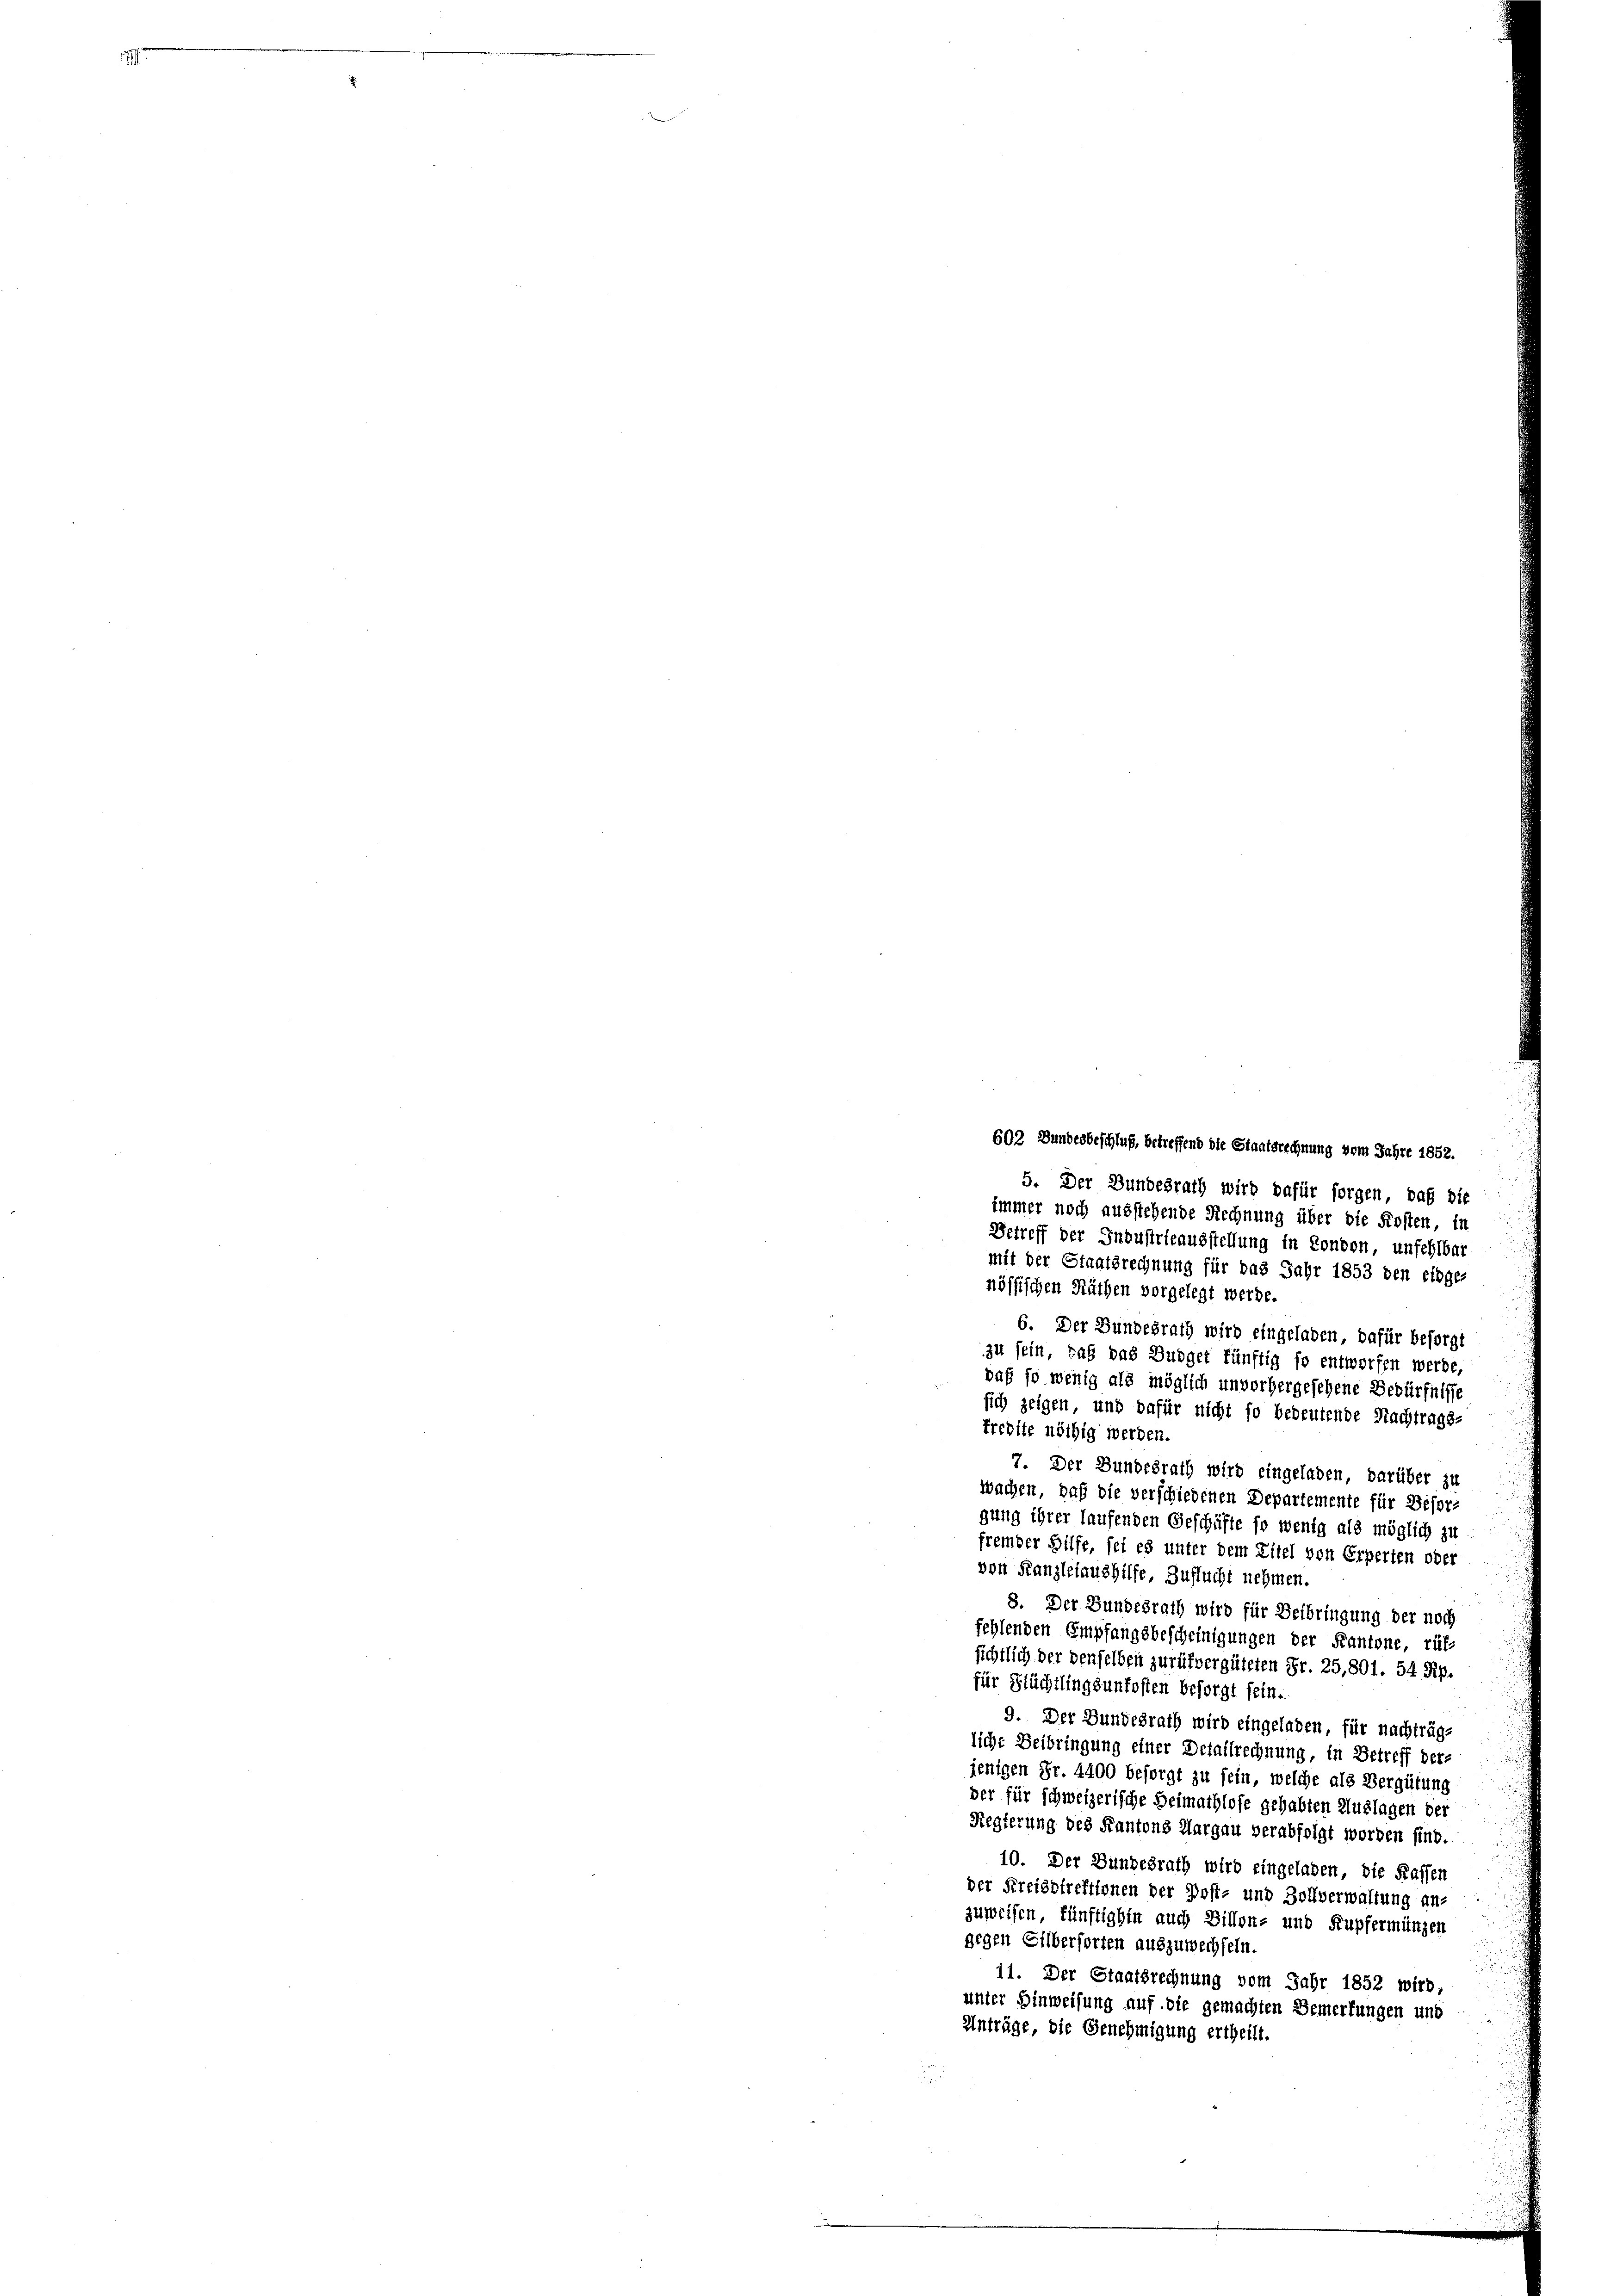
602 Bundesbeschluß, betreffend die Staatsrechnung vom Jahre 1852.
5. Der Bundesrath wird dafür sorgen, daß die
immer noch ausstehende Rechnung über die Kosten, in
Betreff der Industrieausstellung in London, unfehlbar
mit der Staatsrechnung für das Jahr 1853 den einge-
nössischen Räthen vorgelegt werde.
6. Der Bundesrath wird eingeladen, dafür besorgt
zu sein, daß das Budget fünftig so entworfen werde,
daß so wenig als möglich unvorhergesehene Bedürfnisse
sich zeigen, und dafür nicht so bedeutende Nachtrags-
tredite nöthig werden.
7. Der Bundesrath wird eingeladen, darüber zu
wachen, daß die verschiedenen Departemente für Deser-
gung ihrer laufenden Geschäfte so wenig als möglich zu
fremder Hilfe, sei es unter dem Zitel von Erperten oder
von Kanzleiaushilfe, Zuflucht nehmen.
8. Der Bundesrath wird für Beibringung der noch
fehlenden Empfangsbescheinigungen der Kantone, rüf-
sichtlich der denselben zurükvergüteten Fr. 25,801. 54 Rp.
für Flüchtlingsunkosten besorgt sein.
9. Der Bundesrath wird eingeladen, für nachträg-
liche Beibringung einer Detailrechnung, in Betreff ders
jenigen Fr. 4400 besorgt zu sein, welche als Vergütung
der für schweizerische Heimathlose gehabten Auslagen der
Regierung des Kantons Aargau verabfolgt worden sind.
10. Der Bundesrath wird eingeladen, die Kassen
der Freisdirektionen der Post- und Zollverwaltung an-
zuweisen, fünftighin auch Billen- und Kupfermünzen
gegen Silberforten auszuwechseln.
11. Der Staatsrechnung vom Jahr 1852 wird,
unter Hinweisung auf die gemachten Bemerkungen und
Anträge, die Genehmigung ertheilt.